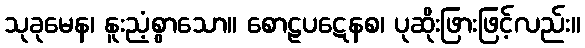
သုခုမေန၊ နူးညံ့စွာသော။ စောဠပဋေနစ၊ ပုဆိုးဖြားဖြင့်လည်း။